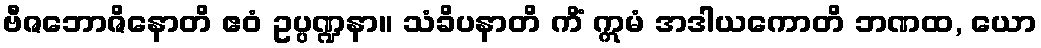
ဗီဇဘောဇိနောတိ ဧဝံ ဥပ္ပဏ္ဍနာ။ သံခိပနာတိ ကိံ ဣမံ အဒါယကောတိ ဘဏထ, ယော